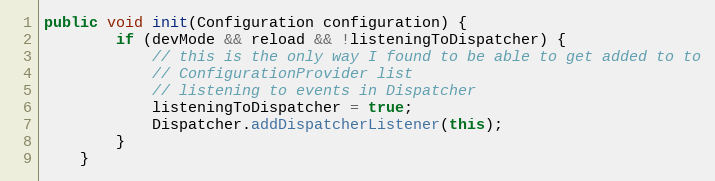
Language: Java
public void init(Configuration configuration) {
        if (devMode && reload && !listeningToDispatcher) {
            // this is the only way I found to be able to get added to to
            // ConfigurationProvider list
            // listening to events in Dispatcher
            listeningToDispatcher = true;
            Dispatcher.addDispatcherListener(this);
        }
    }